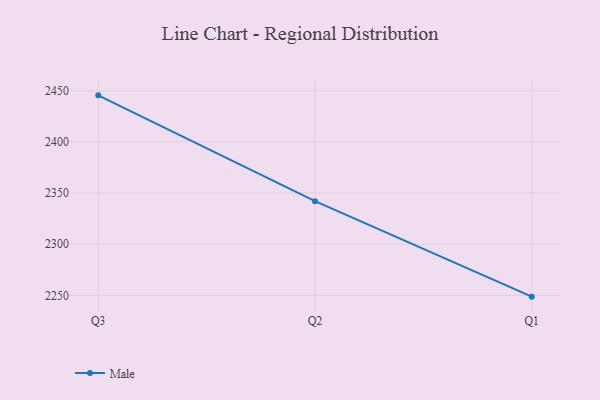
{"axis": {"x": "Quarter", "y": "Inventory Turnover"}, "legend": ["Male"], "data": [{"x": "Q3", "y": 2445.4, "type": "Male"}, {"x": "Q2", "y": 2342.0, "type": "Male"}, {"x": "Q1", "y": 2248.7, "type": "Male"}]}